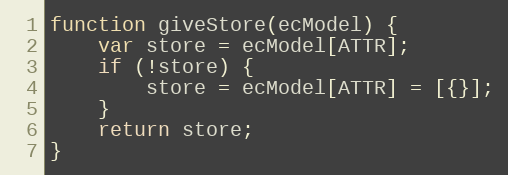
Language: JavaScript
function giveStore(ecModel) {
    var store = ecModel[ATTR];
    if (!store) {
        store = ecModel[ATTR] = [{}];
    }
    return store;
}